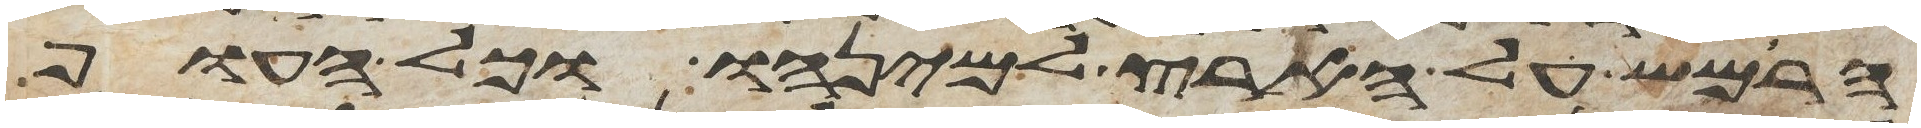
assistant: הרמש על הארץ למינהו וכל העוף